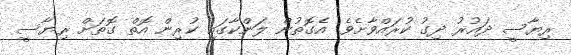
ރިޔާސީ ދައުރު ދިގު ކުރައްވާށެވެ. އެގޮތުން ލަންކާގައި ކުރިން އޮތް ގޮތަށް ރިޔާސީ